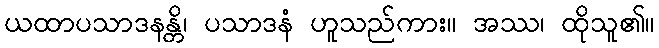
ယထာပသာဒနန္တိ၊ ပသာဒနံ ဟူသည်ကား။ အဿ၊ ထိုသူ၏။